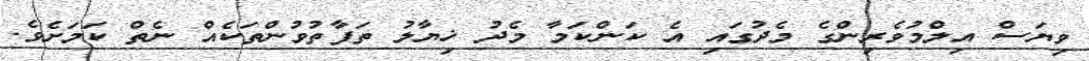
ވިޔަސް އިލްމުވެރިންގެ މެދުގައި އެ ކަންކަމާ މެދު ޚިޔާލު ތަފާތުވުންތަކެއް ނެތް ކަމަށެވެ.